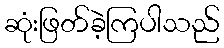
ဆုံးဖြတ်ခဲ့ကြပါသည်